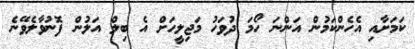
ކަމަށާއި އެހެންކަމުން އަންނަ ހޯމަ ދުވަހު މަޖިލީހަށް އެ ބިލް އަލުން ފޮނުވާލެވޭނެ